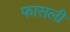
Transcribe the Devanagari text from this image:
फासली